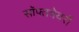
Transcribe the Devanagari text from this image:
सॉफ्तवेयरों